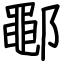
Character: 鄳